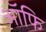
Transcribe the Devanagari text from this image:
ऑफि